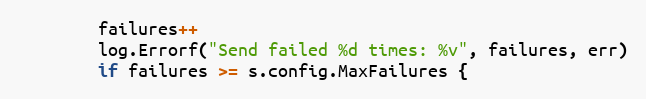
Language: Go
		failures++
		log.Errorf("Send failed %d times: %v", failures, err)
		if failures >= s.config.MaxFailures {